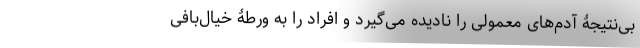
بی‌نتیجۀ آدم‌های معمولی را نادیده می‌گیرد و افراد را به ورطۀ خیال‌بافی